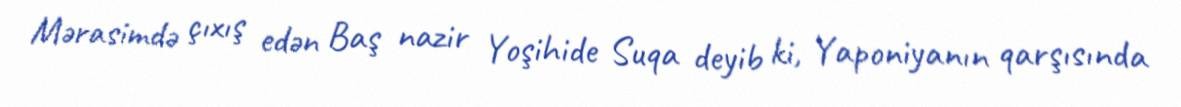
Mərasimdə çıxış edən Baş nazir Yoşihide Suqa deyib ki, Yaponiyanın qarşısında